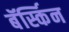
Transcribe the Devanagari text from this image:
बॅर्स्किन